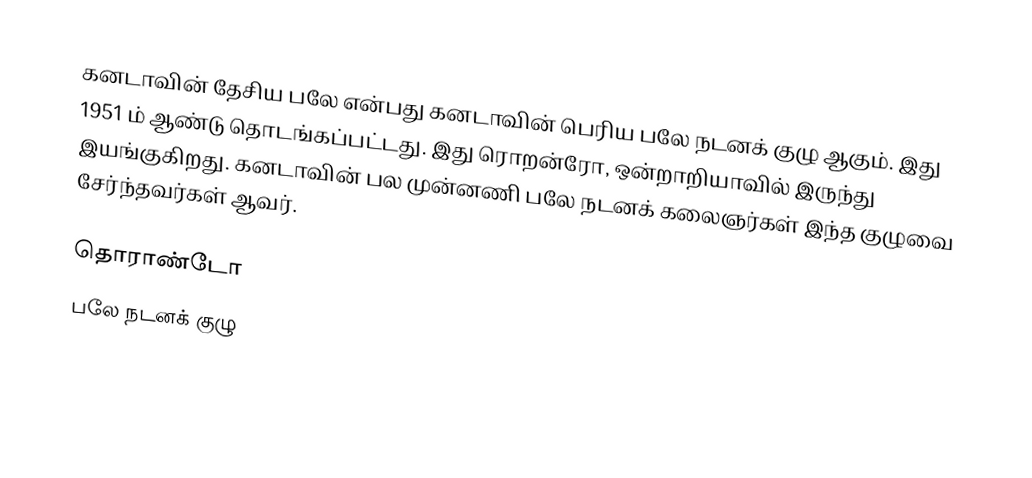
கனடாவின் தேசிய பலே என்பது கனடாவின் பெரிய பலே நடனக் குழு ஆகும்.  இது 1951 ம் ஆண்டு தொடங்கப்பட்டது.  இது ரொறன்ரோ, ஒன்றாறியாவில் இருந்து இயங்குகிறது.  கனடாவின் பல முன்னணி பலே நடனக் கலைஞர்கள் இந்த குழுவை சேர்ந்தவர்கள் ஆவர்.

தொராண்டோ
பலே நடனக் குழு